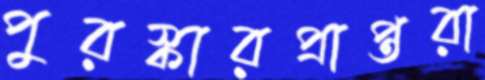
পুরস্কারপ্রাপ্তরা